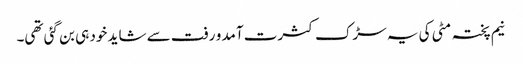
نیم پختہ مٹی کی یہ سڑک کثرت آمد و رفت سے شاید خود ہی بن گئی تھی۔